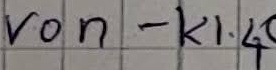
Text: von - K1.4